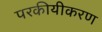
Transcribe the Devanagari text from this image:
परकीयीकरण